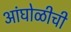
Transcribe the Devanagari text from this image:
आंघोळीची